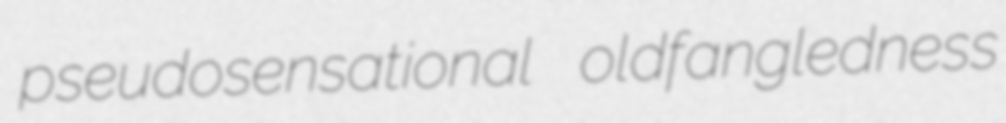
pseudosensational oldfangledness